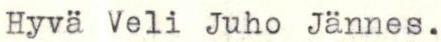
Hyvä Veli Juho Jännes.